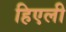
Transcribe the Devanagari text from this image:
हिएली